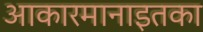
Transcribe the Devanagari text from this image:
आकारमानाइतका